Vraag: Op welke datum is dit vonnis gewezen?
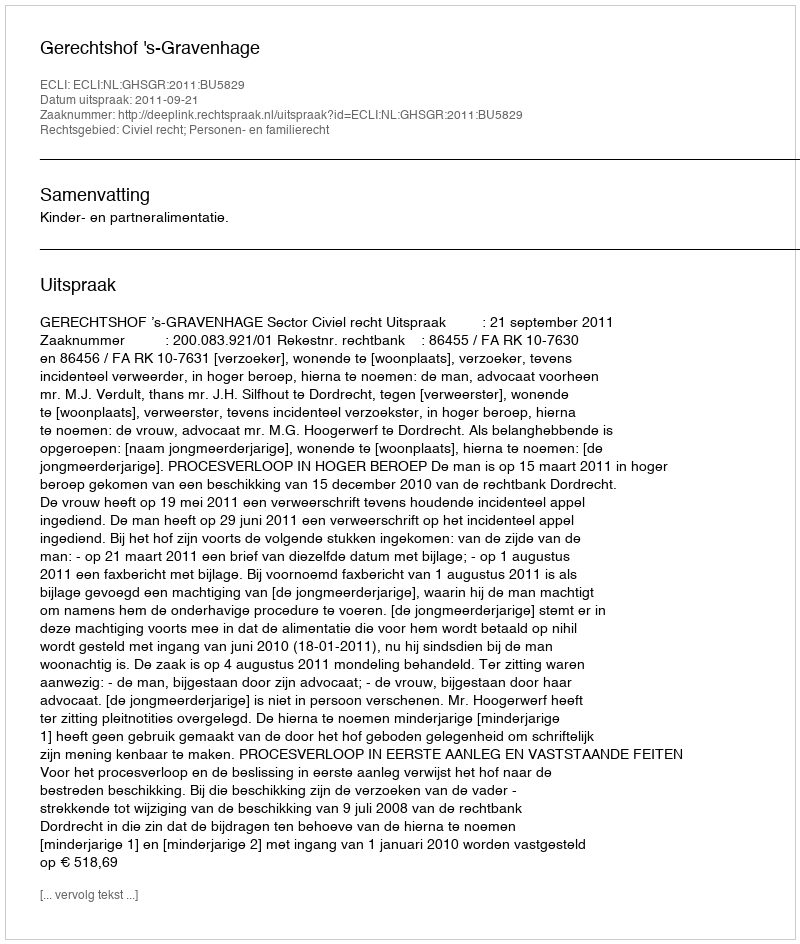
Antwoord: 2011-09-21